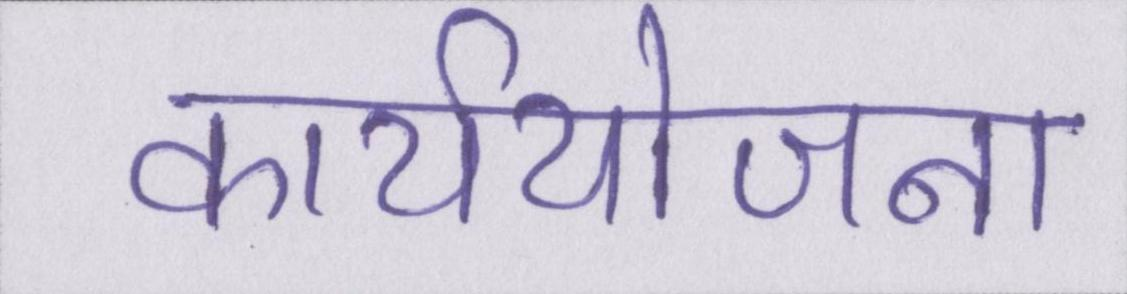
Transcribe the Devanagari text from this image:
कार्ययोजना